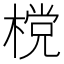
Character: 𣗋